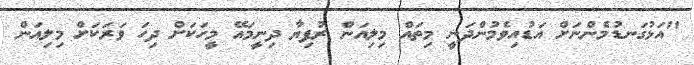
"އަޅުގަނޑުމެންނަށް އަޑުއިވެމުންދަނީ މިތައް މިލިއަން ރުފިޔާ ދިނީމައޭ މީހަކަށް ދިހަ ވަރަކަށް މިލިއަން